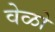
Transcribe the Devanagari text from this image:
वेळो